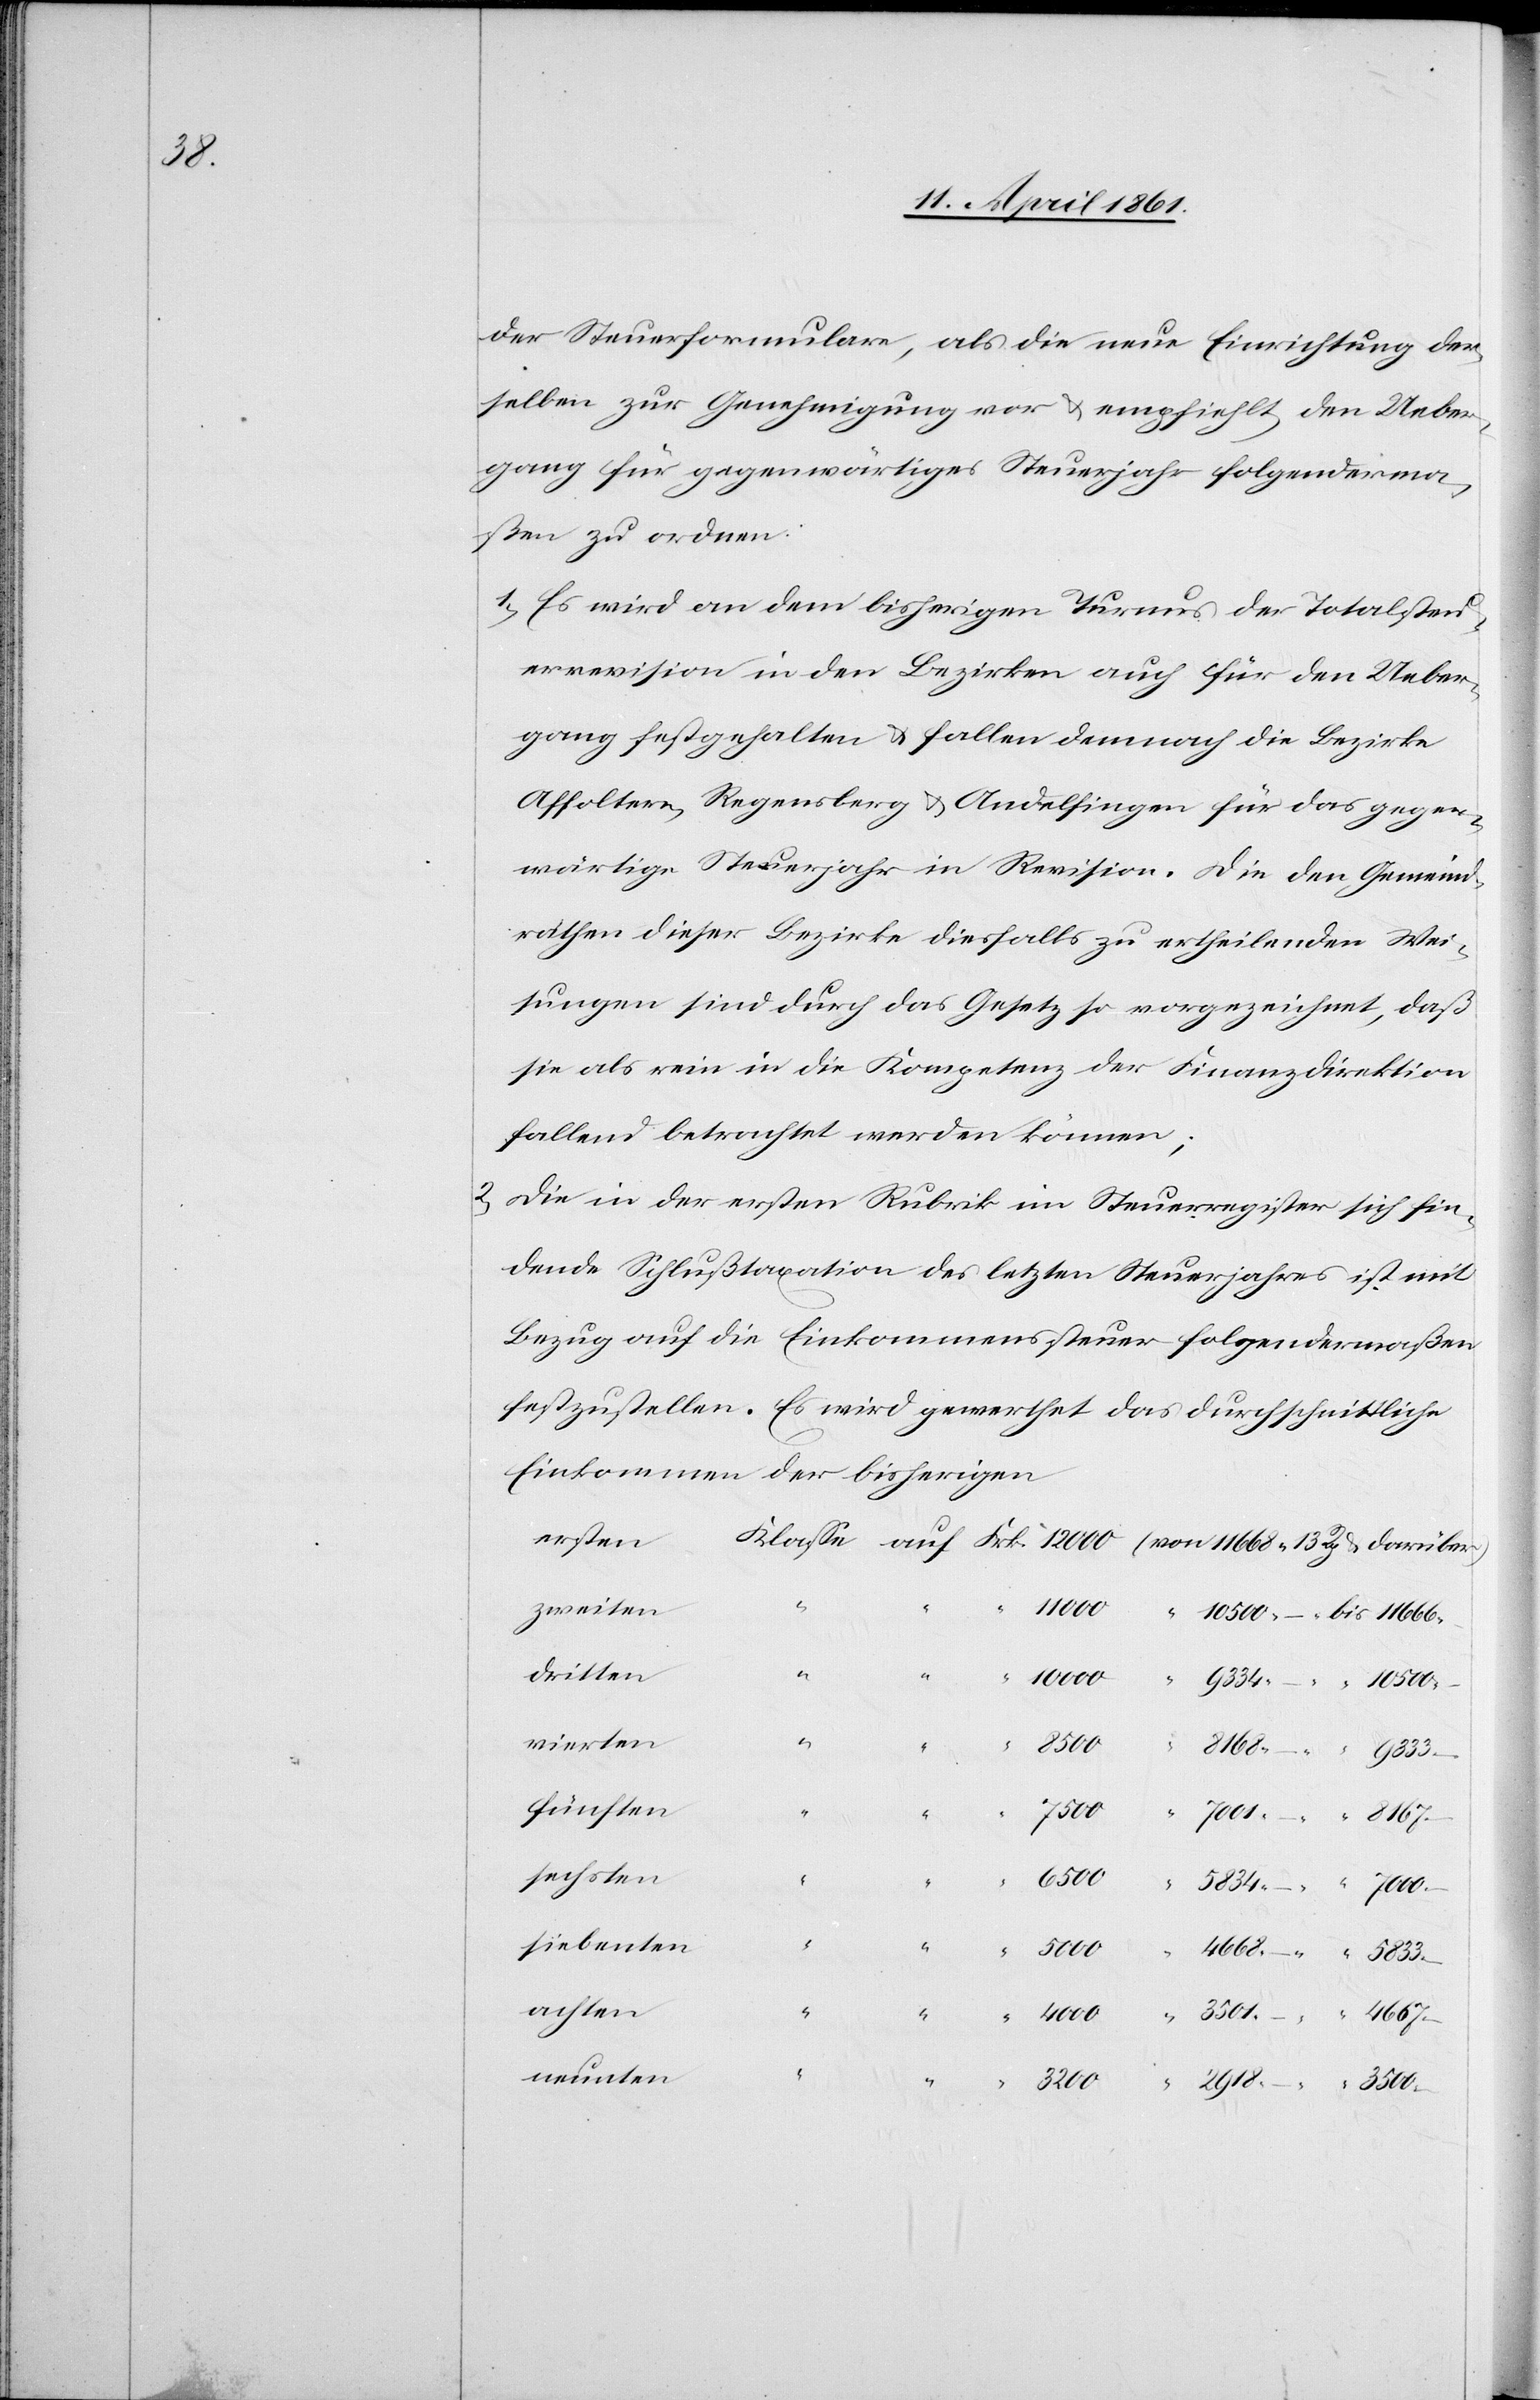
3500

der Steuerformulare, als die neue Einrichtung der¬
selben zur Genehmigung vor u. empfiehlt, den Ueber¬
gang für gegenwärtiges Steuerjahr folgenderma¬
ßen zu ordnen:
1) Es wird an dem bisherigen Turnus der Totalsteu¬
errevision in den Bezirken auch für den Ueber¬
gang festgehalten u. fallen demnach die Bezirke
Affoltern, Regensberg u. Andelfingen für das gegen¬
wärtige Steuerjahr in Revision. Die den Gemeind¬
räthen dieser Bezirke diesfalls zu ertheilenden Wei¬
sungen sind durch das Gesetz so vorgezeichnet, daß
sie als rein in die Kompetenz der Finanzdirektion
fallend betrachtet werden können;
2) Die in der ersten Rubrik im Steuerregister sich fin¬
dende Schlußtaxation des letzten Steuerjahres ist mit
Bezug auf die Einkommenssteuer folgendermaßen
festzustellen. Es wird gewerthet das durchschnittliche
Einkommen der bisherigen
ersten
zweiten
4000
3200
11
dritten
vierten
5833
fünften
sechsten
siebenten
achten
neunten